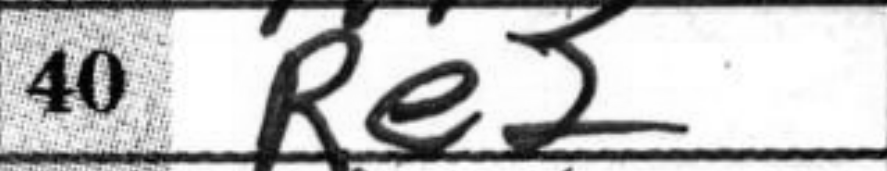
Transcription: Re2